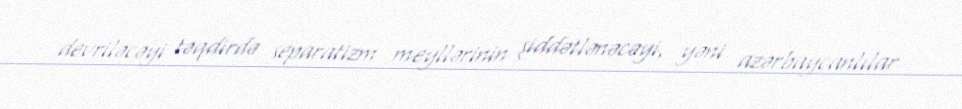
devriləcəyi təqdirdə separatizm meyllərinin şiddətlənəcəyi, yəni azərbaycanlılar